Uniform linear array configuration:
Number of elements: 48
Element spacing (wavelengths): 0.75
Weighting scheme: kaiser
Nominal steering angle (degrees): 15
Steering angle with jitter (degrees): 16.395
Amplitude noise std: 0.05
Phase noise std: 0.05

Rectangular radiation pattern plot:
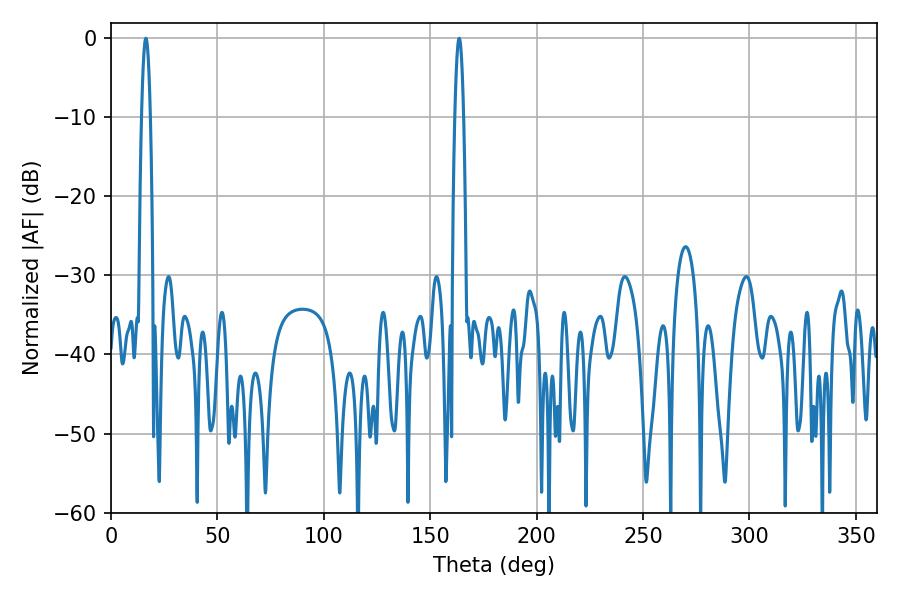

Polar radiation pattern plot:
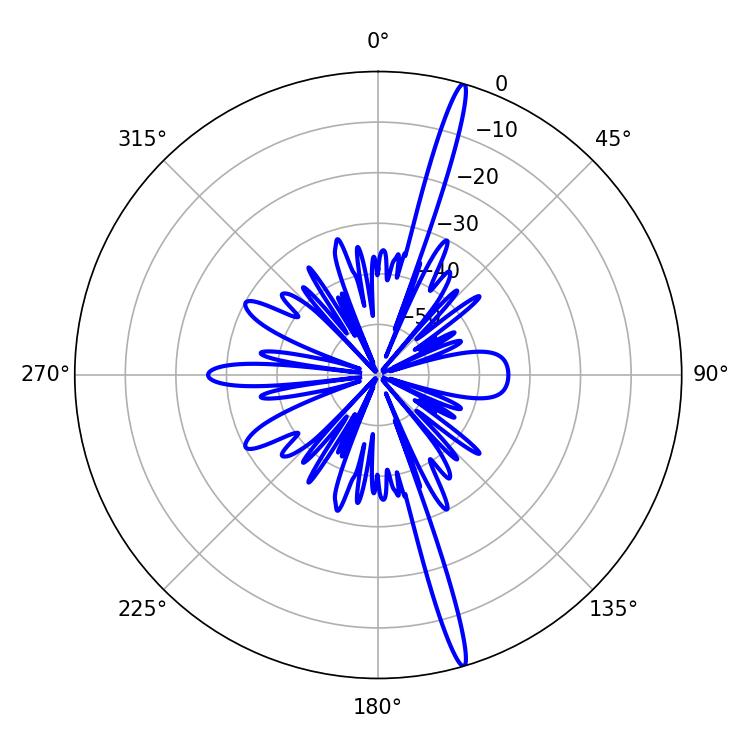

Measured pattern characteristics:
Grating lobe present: TRUE
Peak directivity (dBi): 19.185
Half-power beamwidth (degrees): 2.16
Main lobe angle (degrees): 16.38